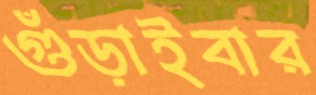
গুঁড়াইবার